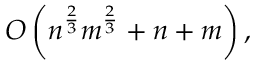
O \left( n ^ { \frac { 2 } { 3 } } m ^ { \frac { 2 } { 3 } } + n + m \right) ,